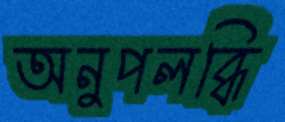
অনুপলব্ধি